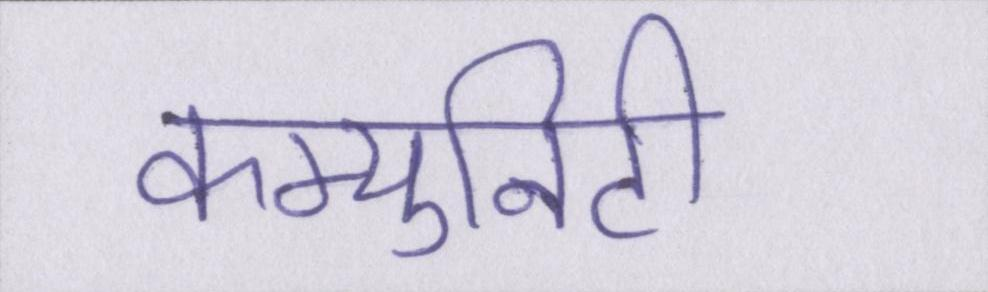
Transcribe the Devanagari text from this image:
कम्युनिटी